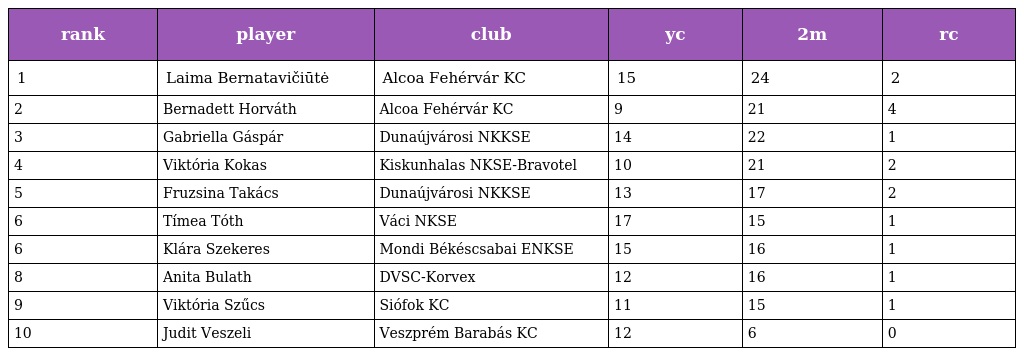
| rank | player | club | yc | 2m | rc |
 | --- | --- | --- | --- | --- | --- |
 | 1 | Laima Bernatavičiūtė | Alcoa Fehérvár KC | 15 | 24 | 2 |
 | 2 | Bernadett Horváth | Alcoa Fehérvár KC | 9 | 21 | 4 |
 | 3 | Gabriella Gáspár | Dunaújvárosi NKKSE | 14 | 22 | 1 |
 | 4 | Viktória Kokas | Kiskunhalas NKSE-Bravotel | 10 | 21 | 2 |
 | 5 | Fruzsina Takács | Dunaújvárosi NKKSE | 13 | 17 | 2 |
 | 6 | Tímea Tóth | Váci NKSE | 17 | 15 | 1 |
 | 6 | Klára Szekeres | Mondi Békéscsabai ENKSE | 15 | 16 | 1 |
 | 8 | Anita Bulath | DVSC-Korvex | 12 | 16 | 1 |
 | 9 | Viktória Szűcs | Siófok KC | 11 | 15 | 1 |
 | 10 | Judit Veszeli | Veszprém Barabás KC | 12 | 6 | 0 |